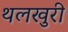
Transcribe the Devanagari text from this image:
थलखुरी